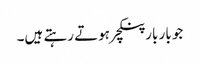
جو بار بار پنکچر ہوتے رہتے ہیں۔